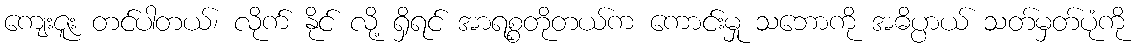
ကျေးဇူး တင်ပါတယ်၊ လိုက် နိုင် လို့ ရှိရင် အာရစ္စတိုတယ်က ကောင်းမှု သဘောကို အဓိပ္ပာယ် သတ်မှတ်ပုံကို